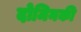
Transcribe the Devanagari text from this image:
दोमिनकी